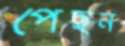
পেছন